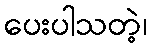
ပေးပါသတဲ့၊